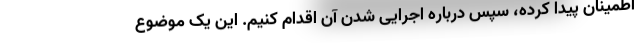
اطمینان پیدا کرده، سپس درباره اجرایی شدن آن اقدام کنیم. این یک موضوع